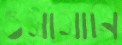
ওমামানি